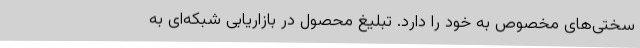
سختی‌های مخصوص به خود را دارد. تبلیغ محصول در بازاریابی شبکه‌ای به